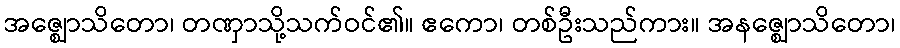
အဇ္ဈောသိတော၊ တဏှာသို့သက်ဝင်၏။ ဧကော၊ တစ်ဦးသည်ကား။ အနဇ္ဈောသိတော၊